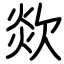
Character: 欻